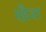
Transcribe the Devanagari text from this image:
खैश